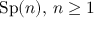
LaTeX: \operatorname { S p } ( n ) , \, n \geq 1